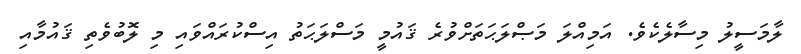
ލާމަސީލު މިސާލެކެވެ. އަމިއްލަ މަޞްލަޙަތަށްވުރެ ޤައުމީ މަސްލަޙަތު އިސްކުރައްވައި މި ލޮބުވެތި ޤައުމާއި